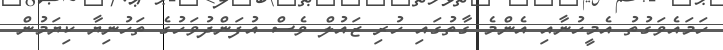
ހަމައެވަގުތު އެމީހުނާއި އެންމެ ގާތުގައި ހުރި ޒައުލް ވެސް އުފަންދުވަހުގެ ތަހުނިޔާ ކިޔަމުން